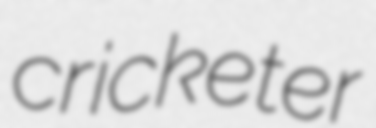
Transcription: cricketer